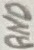
Text: GND